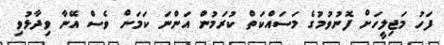
ފަހު މަޖިލީހަށް ފޮނުވުމުގެ މަސައްކަތް ކުރަމުން އަންނަ ކަމަށް ވެސް އޭނާ ވިދާޅުވި